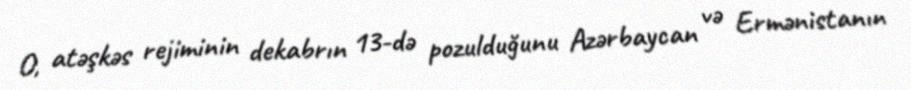
O, atəşkəs rejiminin dekabrın 13-də pozulduğunu Azərbaycan və Ermənistanın